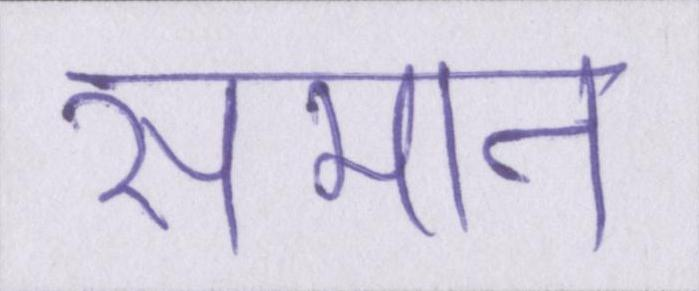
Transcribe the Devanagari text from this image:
समान